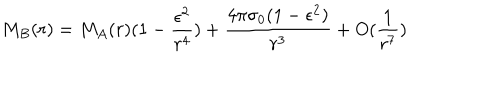
M _ { B } ( r ) = M _ { A } ( r ) ( 1 - \frac { \epsilon ^ { 2 } } { r ^ { 4 } } ) + \frac { 4 \pi \sigma _ { 0 } ( 1 - \epsilon ^ { 2 } ) } { r ^ { 3 } } + O ( \frac { 1 } { r ^ { 7 } } )